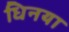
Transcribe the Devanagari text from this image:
धिनया